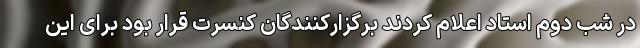
در شب دوم استاد اعلام کردند برگزارکنندگان کنسرت قرار بود برای این